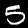
Label: 5